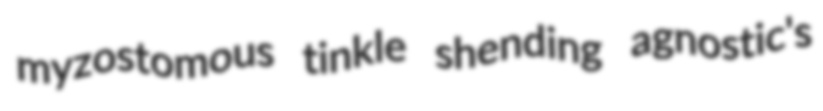
myzostomous tinkle shending agnostic's